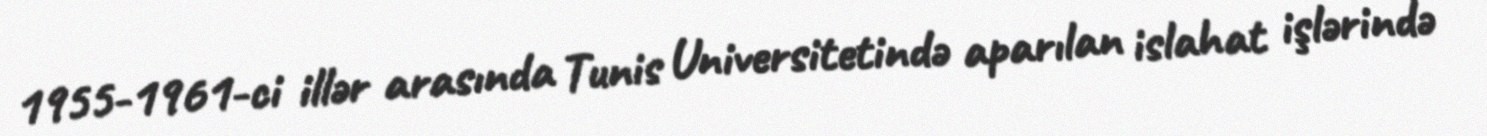
1955-1961-ci illər arasında Tunis Universitetində aparılan islahat işlərində